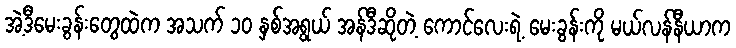
အဲ့ဒီမေးခွန်းတွေထဲက အသက် ၁၀ နှစ်အရွယ် အန်ဒီဆိုတဲ့ ကောင်လေးရဲ့ မေးခွန်းကို မယ်လန်နီယာက